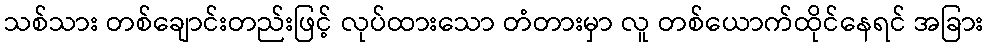
သစ်သား တစ်ချောင်းတည်းဖြင့် လုပ်ထားသော တံတားမှာ လူ တစ်ယောက်ထိုင်နေရင် အခြား